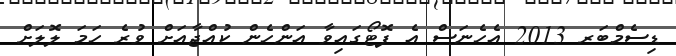
ޑިސެމްބަރ 2013 އެހެނަސް އެ ފޮޓޯގައިވާ އަންހެން ކުއްޖާއަށް ވުރެ ހަމަ ލޮލަށް